Report of the Municipal Commissioner on the plague in Bombay for the year ending 31st May... - Volume 2
Disease focus: Plague
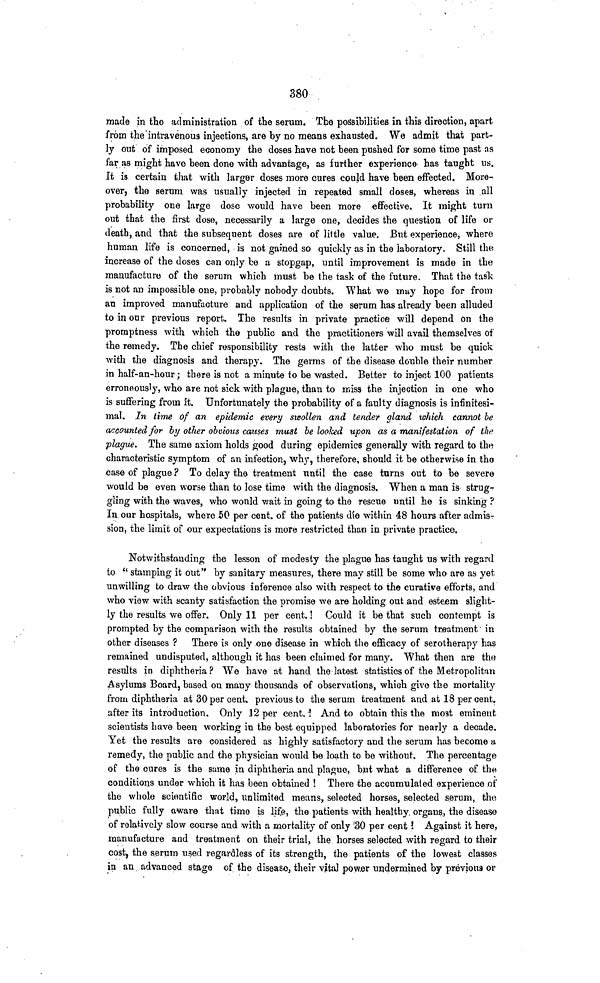
380
made in the administration of the serum. The possibilities in this direction, apart
from the intravenous injections, are by no means exhausted. We admit that part-
ly out of imposed economy the doses have not been pushed for some time past as
far as might have been done with advantage, as further experience has taught us.
It is certain that with larger doses more cures could have been effected. More-
over, the serum was usually injected in repeated small doses, whereas in all
probability one large dose would have been more effective. It might turn
out that the first dose, necessarily a large one, decides the question of life or
death, and that the subsequent doses are of little value. But experience, where
human life is concerned, is not gained so quickly as in the laboratory. Still the
increase of the doses can only be a stopgap, until improvement is made in the
manufacture of the serum which must be the task of the future. That the task
is not an impossible one, probably nobody doubts. What we may hope for from
an improved manufacture and application of the serum has already been alluded
to in our previous report. The results in private practice will depend on the
promptness with which the public and the practitioners will avail themselves of
the remedy. The chief responsibility rests with the latter who must be quick
with the diagnosis and therapy. The germs of the disease double their number
in half-an-hour ; there is not a minute to be wasted. Better to inject 100 patients
erroneously, who are not sick with plague, than to miss the injection in one who
is suffering from it. Unfortunately the probability of a faulty diagnosis is infinitesi-
mal. In time of an epidemic every swollen and tender gland which cannot he
accounted for by other obvions causes must be looked upon as a manifestation of the
plague. The same axiom holds good during epidemics generally with regard to the
characteristic symptom of an infection, why, therefore, should it be otherwise in the
case of plague ? To delay the treatment until the case turns out to be severe
would be even worse than to lose time with the diagnosis. When a man is strug-
gling with the waves, who would wait in going to the rescue until he is sinking ?
In our hospitals, where 50 per cent. of the patients die within 48 hours after admis-
sion, the limit of our expectations is more restricted than in private practice.
Notwithstanding the lesson of modesty the plague has taught us with regard
to " stamping it out" by sanitary measures, there may still be some who are as yet
unwilling to draw the obvious inference also with respect to the curative efforts, and
who view with scanty satisfaction the promise we are holding out and esteem slight-
ly the results we offer. Only 11 per cent. ! Could it be that such contempt is
prompted by the comparison with the results obtained by the serum treatment in
other diseases ? There is only one disease in which the efficacy of serotherapy has
remained undisputed, although it has been claimed for many. What then are the
results in diphtheria ? We have at hand the latest statistics of the Metropolitan
Asylums Board, based on many thousands of observations, which give the mortality
from diphtheria at 30 per cent. previous to the serum treatment and at 18 per cent.
after its introduction. Only 12 per cent. ! And to obtain this the most eminent
scientists have been working in the best equipped laboratories for nearly a decade.
Yet the results are considered as highly satisfactory and the serum has become a
remedy, the public and the physician would be loath to be without. The percentage
of the cure3 is the same in diphtheria and plague, but what a difference of the
conditions under which it has been obtained ! There the accumulated experience of
the whole scientific world, unlimited means, selected horses, selected serum, the
public fully aware that time is life, the patients with healthy organs, the disease
of relatively slow course and with a mortality of only 30 per cent
Against it here,
manufacture and treatment on their trial, the horses selected with regard to their
cost, the serum used regardless of its strength, the patients of the lowest classes
in an advanced stage of the disease, their vital power undermined by previous or